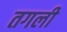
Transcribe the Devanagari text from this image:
तगली